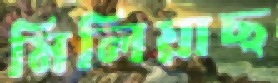
মিলিয়াছ